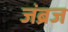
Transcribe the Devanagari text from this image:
जंब्रज